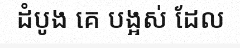
ដំបូង គេ បង្អស់ ដែល